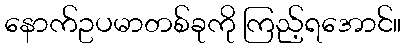
နောက်ဥပမာတစ်ခုကို ကြည့်ရအောင်။